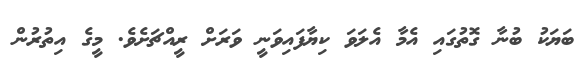
ބަޔަކު ބުނާ ގޮތުގައި އެމާ އެލަވަ ކިޔާފައިވަނީ ވަރަށް ރީއްޗަށެވެ. މީގެ އިތުރުން